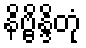
နိဗ္ဗိန္ဒိတုံ